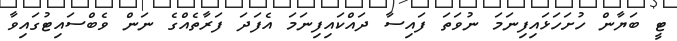
ޓީ ބަޔާން ހުށަހަޅައިފިނަމަ ނުވަތަ ފައިސާ ދައްކައިފިނަމަ އެފަދަ ފަރާތެއްގެ ނަން ވެބްސައިޓުގައިވާ